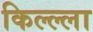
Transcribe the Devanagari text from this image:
किल्ल्‍ला